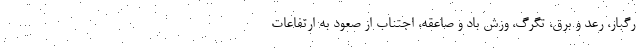
رگبار، رعد و برق، تگرگ، وزش باد و صاعقه، اجتناب از صعود به ارتفاعات